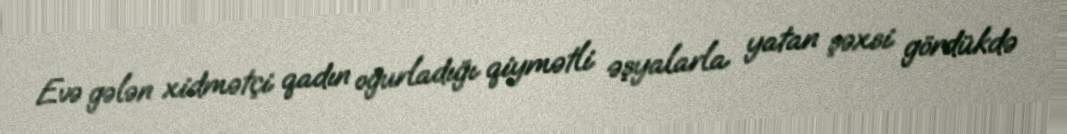
Evə gələn xidmətçi qadın oğurladığı qiymətli əşyalarla yatan şəxsi gördükdə